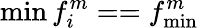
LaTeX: \operatorname*{min}{f_{i}^{m}}==f_{\operatorname*{min}}^{m}